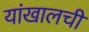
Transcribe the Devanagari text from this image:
यांखालची